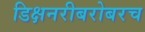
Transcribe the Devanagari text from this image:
डिक्षनरीबरोबरच